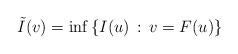
\begin{align*}\tilde{I}(v)=\inf\left\{ I(u)\,:\, v=F(u)\right\} \end{align*}